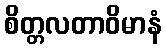
စိတ္တလတာဝိမာနံ